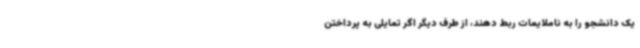
یک دانشجو را به ناملایمات ربط دهند، از طرف دیگر اگر تمایلی به پرداختن